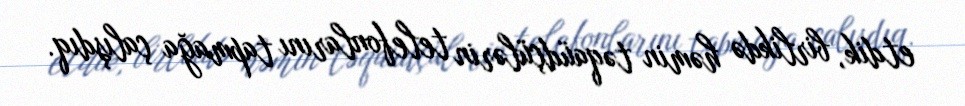
etdik, birlikdə həmin təqaüdçülərin telefonlarını tapmağa çalışdıq.